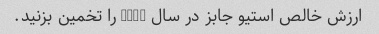
ارزش خالص استیو جابز در سال 2012 را تخمین بزنید.